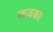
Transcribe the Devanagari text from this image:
कवक।